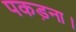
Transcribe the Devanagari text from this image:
पकड़ना।